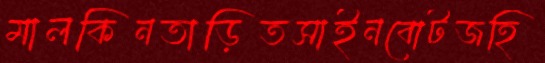
মালকিনতাড়িতসাইনবোটজহি